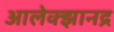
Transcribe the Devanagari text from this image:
आलेक्झानद्र